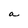
Character: a